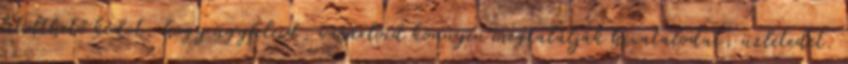
letölthető kódot, hogy ügyfeleid, vásárlóid könnyen megtalálják hivatalodat, üzletedet.